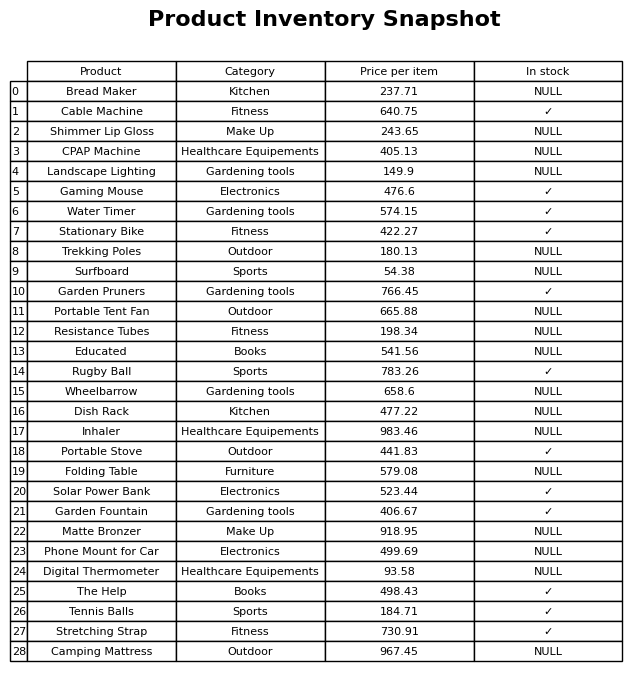
question: Is the Stretching Strap in stock?
answer: ✓